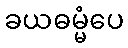
ခယဓမ္မံပေ